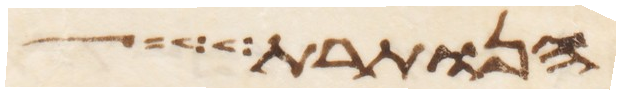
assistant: הנותרת